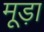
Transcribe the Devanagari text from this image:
मूड़ा